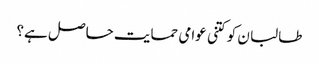
طالبا ن کو کتنی عوامی حمایت حاصل ہے؟